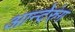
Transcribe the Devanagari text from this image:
आन्देरुंग